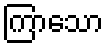
ကြာသော